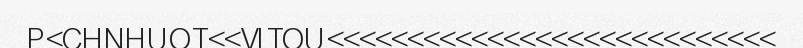
P<CHNHUOT<<VITOU<<<<<<<<<<<<<<<<<<<<<<<<<<<<